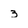
Character: 3